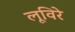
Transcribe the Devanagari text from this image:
लूविरे